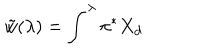
\tilde { w } ( \lambda ) = \int ^ { \lambda } \pi ^ { * } X _ { d }